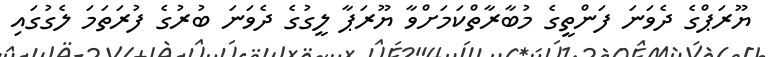
ޔޫރަޕްގެ ދެވަނަ ފަންތީގެ މުބާރާތްކަމަށްވާ ޔޫރަޕާ ލީގުގެ ދެވަނަ ބުރުގެ ފުރަތަމަ ލެގުގައި